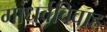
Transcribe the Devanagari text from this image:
गांधर्वविवाह